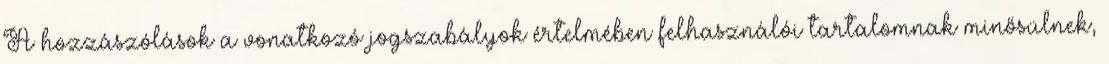
A hozzászólások a vonatkozó jogszabályok értelmében felhasználói tartalomnak minősülnek,